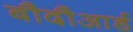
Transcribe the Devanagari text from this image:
बौदौआर्ड